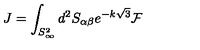
J = \int _ { S _ { \infty } ^ { 2 } } d ^ { 2 } S _ { \alpha \beta } e ^ { - k \sqrt { 3 } } \mathcal { F }